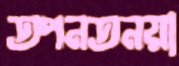
তপনতনয়া